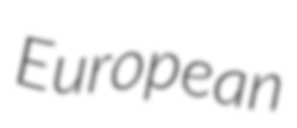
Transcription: European